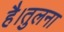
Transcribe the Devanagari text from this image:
है।तुलना